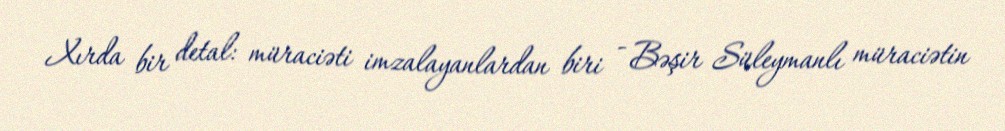
Xırda bir detal: müraciəti imzalayanlardan biri - Bəşir Süleymanlı müraciətin